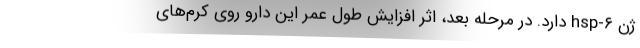
ژن hsp-۶ دارد. در مرحله بعد، اثر افزایش طول عمر این دارو روی کرم‌های